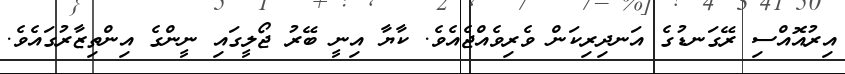
އިރުއޮއްސި ރޭގަނޑުގެ އަނދިރިކަން ވެރިވެއްޖެއެވެ. ކާޔާ އިނީ ބޭރު ޖޯލީގައި ނީންގެ އިންތިޒާރުގައެވެ.